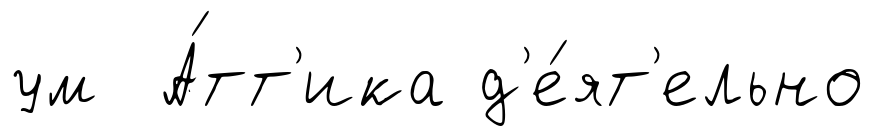
ум А́тт'ика д'е́ят'ельно